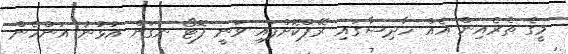
މީގެ ތެރެއިން އެއް ހާދިސާގައި ރޭޕްކޮށްފައި ވަނީ ފޮޓޯ ނަގަން އުޅުނު އަންހެން